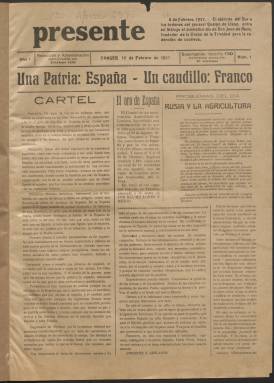
Título: Presente (Tánger)
Colección: Periódicos || Guerra civil
Ámbito geográfico: Marruecos
Lugar de publicación: Tánger
Fechas: 12/02/1937-11/04/1942

Debido a su mal estado de conservación no ha sido posible digitalizar por el momento los volúmenes de 1940.